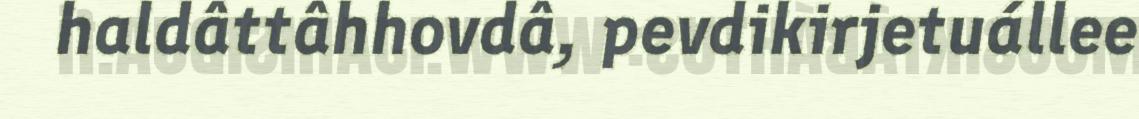
haldâttâhhovdâ, pevdikirjetuállee